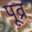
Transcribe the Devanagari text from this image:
पूव्र